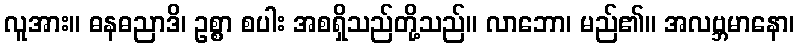
လူအား။ ဓနဓညာဒိ၊ ဥစ္စာ စပါး အစရှိသည်တို့သည်။ လာဘော၊ မည်၏။ အလဗ္ဘမာနော၊